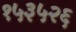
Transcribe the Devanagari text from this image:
१५३५२६